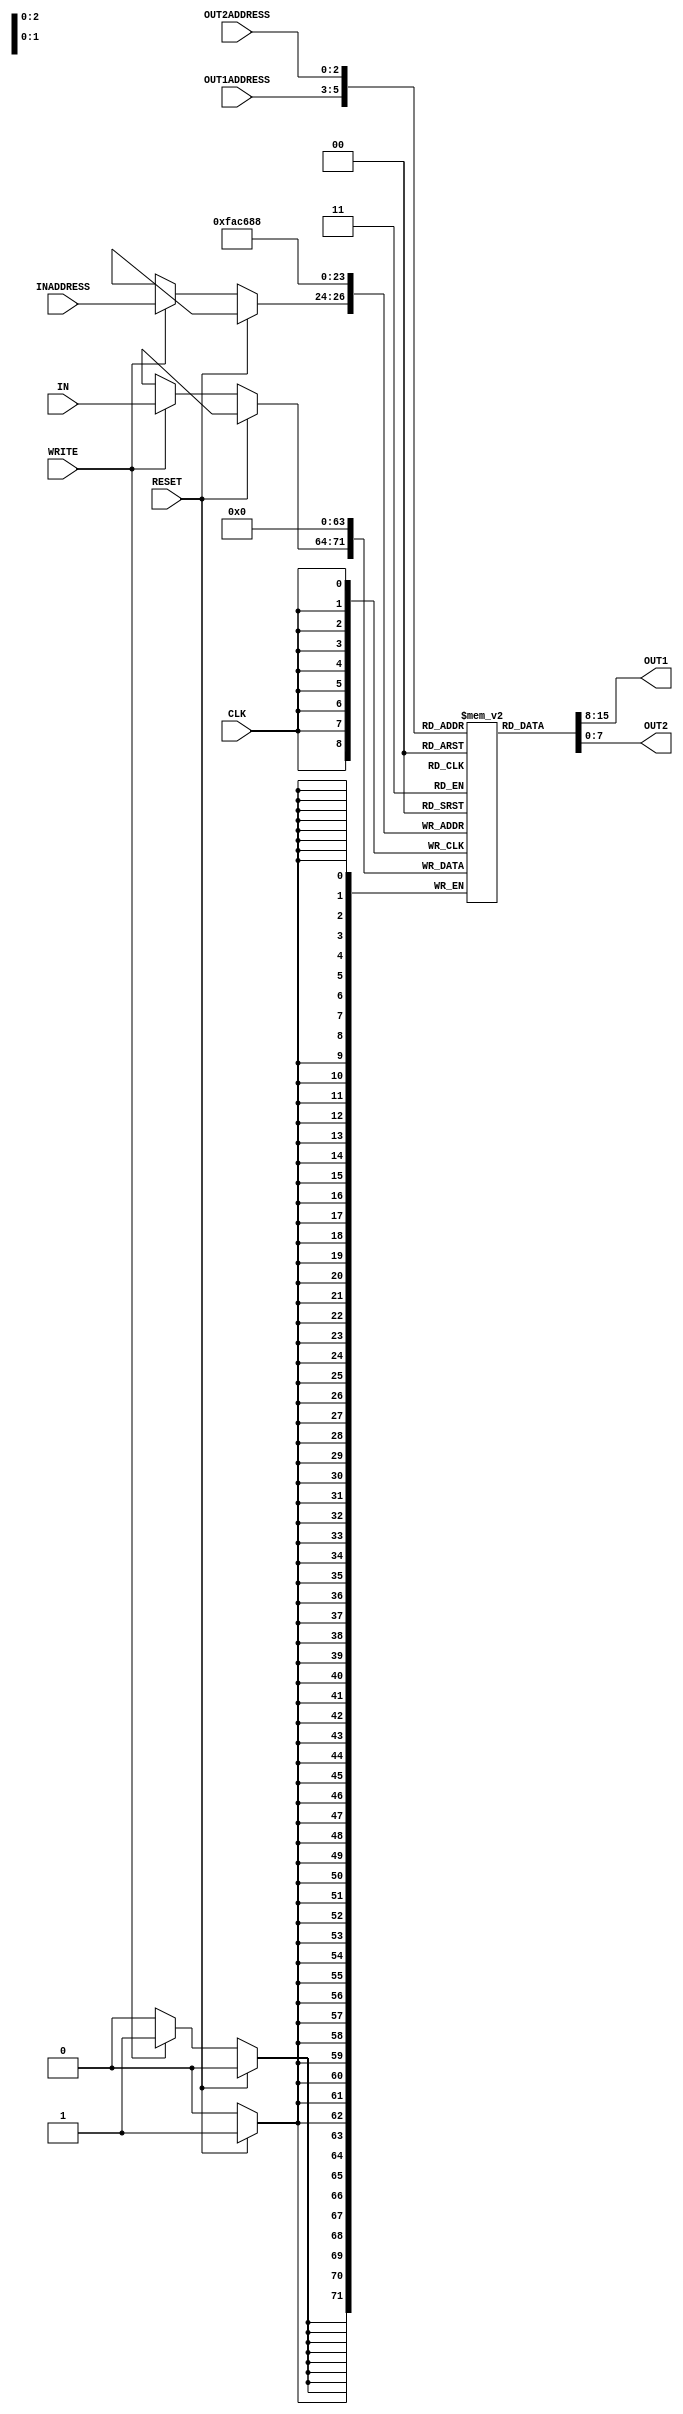
//register file
`timescale  1ns/100ps
module reg_file(IN,OUT1ADDRESS,OUT2ADDRESS,INADDRESS,OUT1,OUT2, WRITE, CLK, RESET);
   input [7:0] IN;             // 8 bit input to register
   output [7:0] OUT1,OUT2;     // 8 bit output from register
   input [2:0] INADDRESS,OUT1ADDRESS,OUT2ADDRESS;  // 3 bit in and out INADDRESS
   input WRITE,CLK,RESET;      // 1 bit for clk,write and reset
   reg [7:0]regfile[7:0];      // 8 vector of 8 bit register
   integer i;                  // for loop

   always@ (posedge CLK) begin
	#0.1
		if(RESET) begin

			for(i=0; i<8; i++) begin
				regfile[i]<= #0.9 0;
			end
		end else if(WRITE) begin						//ALLOW TO WRITE INPUTS TO REGISTER
			 regfile[INADDRESS] <= #0.9 IN;
			end
	end
      assign #2 OUT1=regfile[OUT1ADDRESS];			//asyncrnously reading from output1
   	assign #2 OUT2= regfile[OUT2ADDRESS];        //asyncrnously reading from output2

   initial
   begin
      #5;
      $display("\n\t\t\t==================================================");
      $display("\t\t\t Change of Register Content Starting from Time #5");
      $display("\t\t\t==================================================\n");
      $display("\t\ttime\treg0\treg1\treg2\treg3\treg4\treg5\treg6\treg7");
      $display("\t\t---------------------------------------------------------------------");
      $monitor($time,"\t%d\t%d\t%d\t%d\t%d\t%d\t%d\t%d",regfile[0],regfile[1],regfile[2],regfile[3],regfile[4],regfile[5],regfile[6],regfile[7]);
   end


endmodule